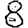
Digit: 8